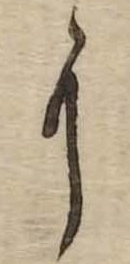
に